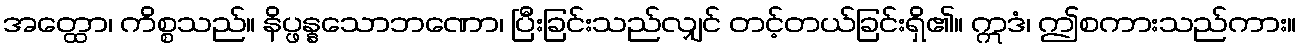
အတ္ထော၊ ကိစ္စသည်။ နိပ္ဖန္နသောဘဏော၊ ပြီးခြင်းသည်လျှင် တင့်တယ်ခြင်းရှိ၏။ ဣဒံ၊ ဤစကားသည်ကား။